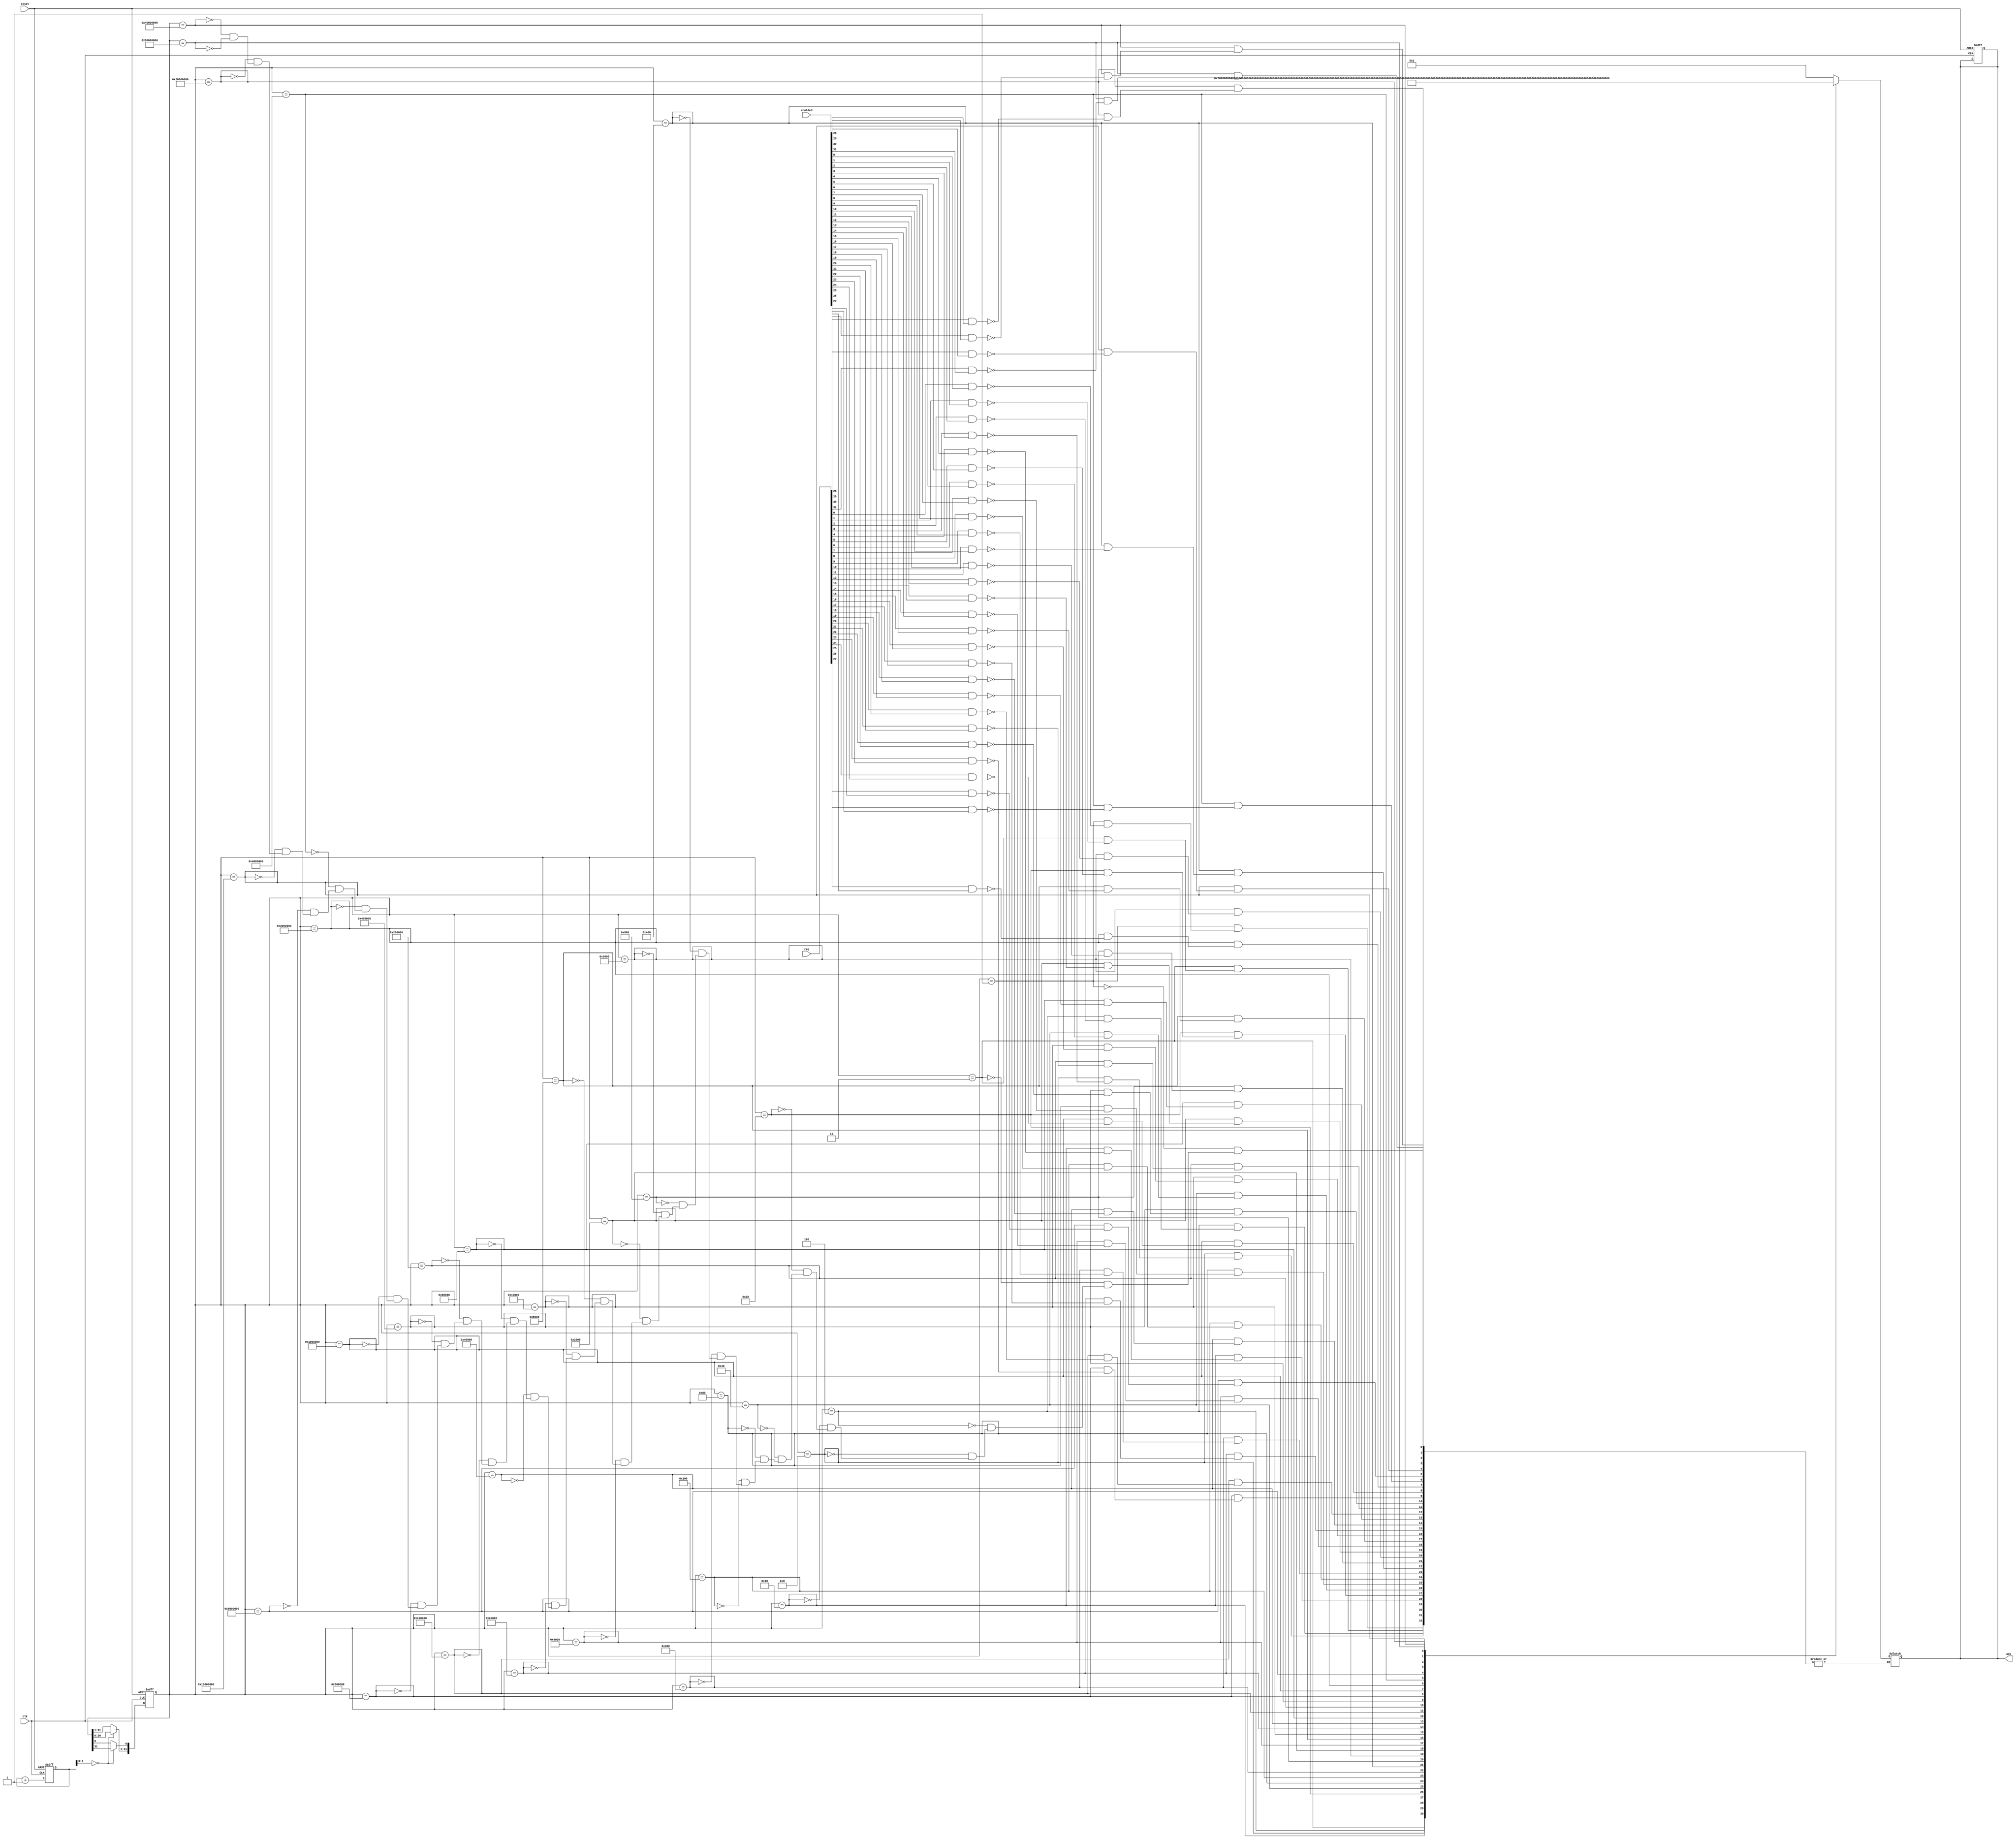
module arbiter( clk, reset, enabled, req, ack );
  
  input               clk;
  input               reset;
  input       [31:0]  enabled; 
  input       [31:0]  req;

  output wire [31:0]  ack;

  reg         [31:0]  ack_d;
  reg         [31:0]  cnt_d;
  wire        [31:0]  cnt; 
  reg         [31:0]  ring_cntr;

  always@(*) begin 
    case(cnt)
      32'h0000_0001   : if (req[0] && enabled[0]) begin
                          ack_d = 32'h0000_0001;
                        end 
      32'h0000_0002   : if (req[1] && enabled[1]) begin
                          ack_d = 32'h0000_0002;
                        end
      32'h0000_0004   : if (req[2] && enabled[2]) begin
                          ack_d = 32'h0000_0004;
                        end
      32'h0000_0008   : if (req[3] && enabled[3]) begin 
                          ack_d = 32'h0000_0008;
                        end
      32'h0000_0010   : if (req[4] && enabled[4]) begin
                          ack_d = 32'h0000_0010;
                        end 
      32'h0000_0020   : if (req[5] && enabled[5]) begin
                          ack_d = 32'h0000_0020; 
                        end
      32'h0000_0040   : if (req[6] && enabled[6]) begin
                          ack_d = 32'h0000_0040 ; 
                        end
      32'h0000_0080   : if (req[7] && enabled[7]) begin 
                          ack_d = 32'h0000_0080;       
                        end
      32'h0000_0100   : if (req[8] && enabled[8]) begin
                          ack_d = 32'h0000_0100;
                        end 
      32'h0000_0200   : if (req[9] && enabled[9]) begin
                          ack_d = 32'h0000_0200;
                        end
      32'h0000_0400   : if (req[10] && enabled[10]) begin
                          ack_d = 32'h0000_0400;
                        end
      32'h0000_0800   : if (req[11] && enabled[11]) begin 
                          ack_d = 32'h0000_0800;
                        end
      32'h0000_1000   : if (req[12] && enabled[12]) begin
                          ack_d = 32'h0000_1000;
                        end 
      32'h0000_2000   : if (req[13] && enabled[13]) begin
                          ack_d = 32'h0000_2000; 
                        end
      32'h0000_4000   : if (req[14] && enabled[14]) begin
                          ack_d = 32'h0000_4000 ; 
                        end
      32'h0000_8000   : if (req[15] && enabled[15]) begin 
                          ack_d = 32'h0000_8000;       
                        end
      32'h0001_0000   : if (req[16] && enabled[16]) begin
                          ack_d = 32'h0001_0000;
                        end 
      32'h0002_0000   : if (req[17] && enabled[17]) begin
                          ack_d = 32'h0002_0000;
                        end
      32'h0004_0000   : if (req[18] && enabled[18]) begin
                          ack_d = 32'h0004_0000;
                        end
      32'h0008_0000   : if (req[19] && enabled[19]) begin 
                          ack_d = 32'h0008_0000;
                        end
      32'h0010_0000   : if (req[20] && enabled[20]) begin
                          ack_d = 32'h0010_0000;
                        end 
      32'h0020_0000   : if (req[21] && enabled[21]) begin
                          ack_d = 32'h0020_0000; 
                        end
      32'h0040_0000   : if (req[22] && enabled[22]) begin
                          ack_d = 32'h0040_0000 ; 
                        end
      32'h0080_0000   : if (req[23] && enabled[23]) begin 
                          ack_d = 32'h0080_0000;       
                        end
      32'h0100_0000   : if (req[24] && enabled[24]) begin
                          ack_d = 32'h0100_0000;
                        end 
      32'h0200_0000   : if (req[25] && enabled[25]) begin
                          ack_d = 32'h0200_0000;
                        end
      32'h0400_0000  : if (req[26] && enabled[26]) begin
                          ack_d = 32'h0400_0000;
                        end
      32'h0800_0000   : if (req[27] && enabled[27]) begin 
                          ack_d = 32'h0800_0000;
                        end
      32'h1000_0000   : if (req[28] && enabled[28]) begin
                          ack_d = 32'h1000_0000;
                        end 
      32'h2000_0000   : if (req[29] && enabled[29]) begin
                          ack_d = 32'h2000_0000; 
                        end
      32'h4000_0000   : if (req[30] && enabled[30]) begin
                          ack_d = 32'h4000_0000 ; 
                        end
      32'h8000_0000   : if (req[31] && enabled[31]) begin 
                          ack_d = 32'h8000_0000;       
                        end
      // default : ack[0] = 1'b1;
    endcase 
  end 

  always@(posedge clk or posedge reset) begin 
    if(reset) begin
      cnt_d   <= #1 32'h0000_0001;
      ack_d   <= #1 32'h0000_0000;
    end 
    else begin 
      if ( ring_cntr[2:0] == 3'b000) begin 
      cnt_d     <= #1 cnt_d << 1;
      cnt_d[0]  <= #1 cnt_d[31];
      end 
      else begin 
      cnt_d     <= #1 cnt_d ;
      end 
    end 
  end 

  always@(posedge clk or posedge reset) begin 
    if(reset) begin
      ring_cntr <= #1 32'h0000_0000;
    end 
    else begin 
      ring_cntr <= #1 ring_cntr + 1;
    end 
  end 

  assign   cnt = cnt_d;
  assign   ack = ack_d;

  
endmodule 

// module arbiter_tb();
// 
//   reg          clk;
//   reg          rst;
//   reg  [31:0]  req;
//   reg  [31:0]  enabled; 
//   wire [31:0]  ack;
// 
//   integer      i;
//   reg  [31:0]  j;
//   reg  [0:0]   rst_inst;
//   reg  [2:0]   rst_cnt ;
// 
//   arbiter arb_inst(clk, rst, enabled, req, ack);
// 
//   initial begin 
//     clk = 0;
//     rst = 1'b1;
//     i   = 0;
//     j   = 0;
//     enabled = 32'hf0ff_fff0;
//     #20;
//     rst = 1'b0;
//     
//     // $monitor(" ");
//   end 
// 
//   initial begin
//     for (rst_cnt=0; rst_cnt < 8; rst_cnt=rst_cnt+1) begin
//       // rst_inst = $urandom_range(0,1);
//       #25;
//     end 
//   end 
// 
//   always 
//     # 5 clk = ! clk;
// 
//   initial begin
//     for (i=0; i<64; i=i+1) begin
//       wait(!rst)
//       @(posedge clk);
//       if(j==0) j=1;
//       req = j;
//       j  = j<<1;
//       // rst = rst_inst;
//     end 
//     #100 $finish;
//   end 
// 
//   initial begin
//     $dumpfile("round_robin.vcd");
//     $dumpvars(0, arbiter_tb);
//   end 
// endmodule